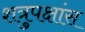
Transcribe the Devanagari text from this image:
शत्रुपक्षांस